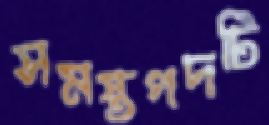
সমস্তপদটি